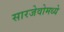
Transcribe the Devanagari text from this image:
सारजेवोमध्ये